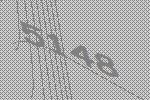
5148